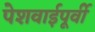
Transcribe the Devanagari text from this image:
पेशवाईपूर्वी